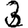
Digit: 3